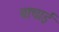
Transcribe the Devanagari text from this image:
बाचाई